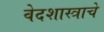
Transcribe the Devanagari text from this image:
वेदशास्त्राचे